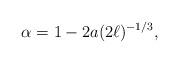
LaTeX: \begin{align*}\alpha=1-2a(2\ell)^{-1/3},\end{align*}